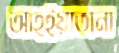
আহ্ইয়াতানা